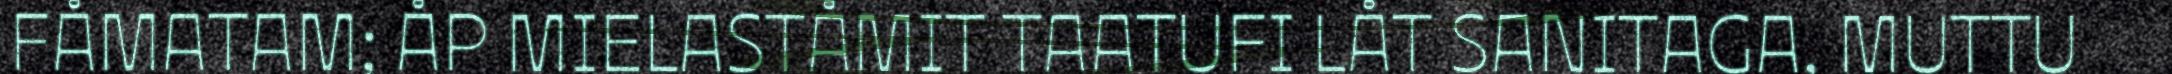
FÅMATAM; ÅP MIELASTÅMIT TAATUFI LÅT SANITAGA, MUTTU